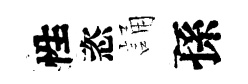
性恣誦孫